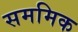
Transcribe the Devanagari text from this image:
सममिक